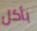
بأكل